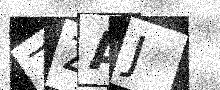
Text: ZZAJ